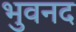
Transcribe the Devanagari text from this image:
भुवनद